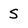
Character: 5